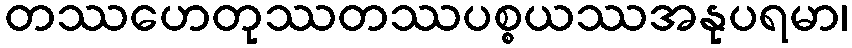
တဿဟေတုဿတဿပစ္စယဿအနုပရမာ၊